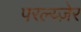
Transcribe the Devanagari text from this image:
परल्य्ज़ेर